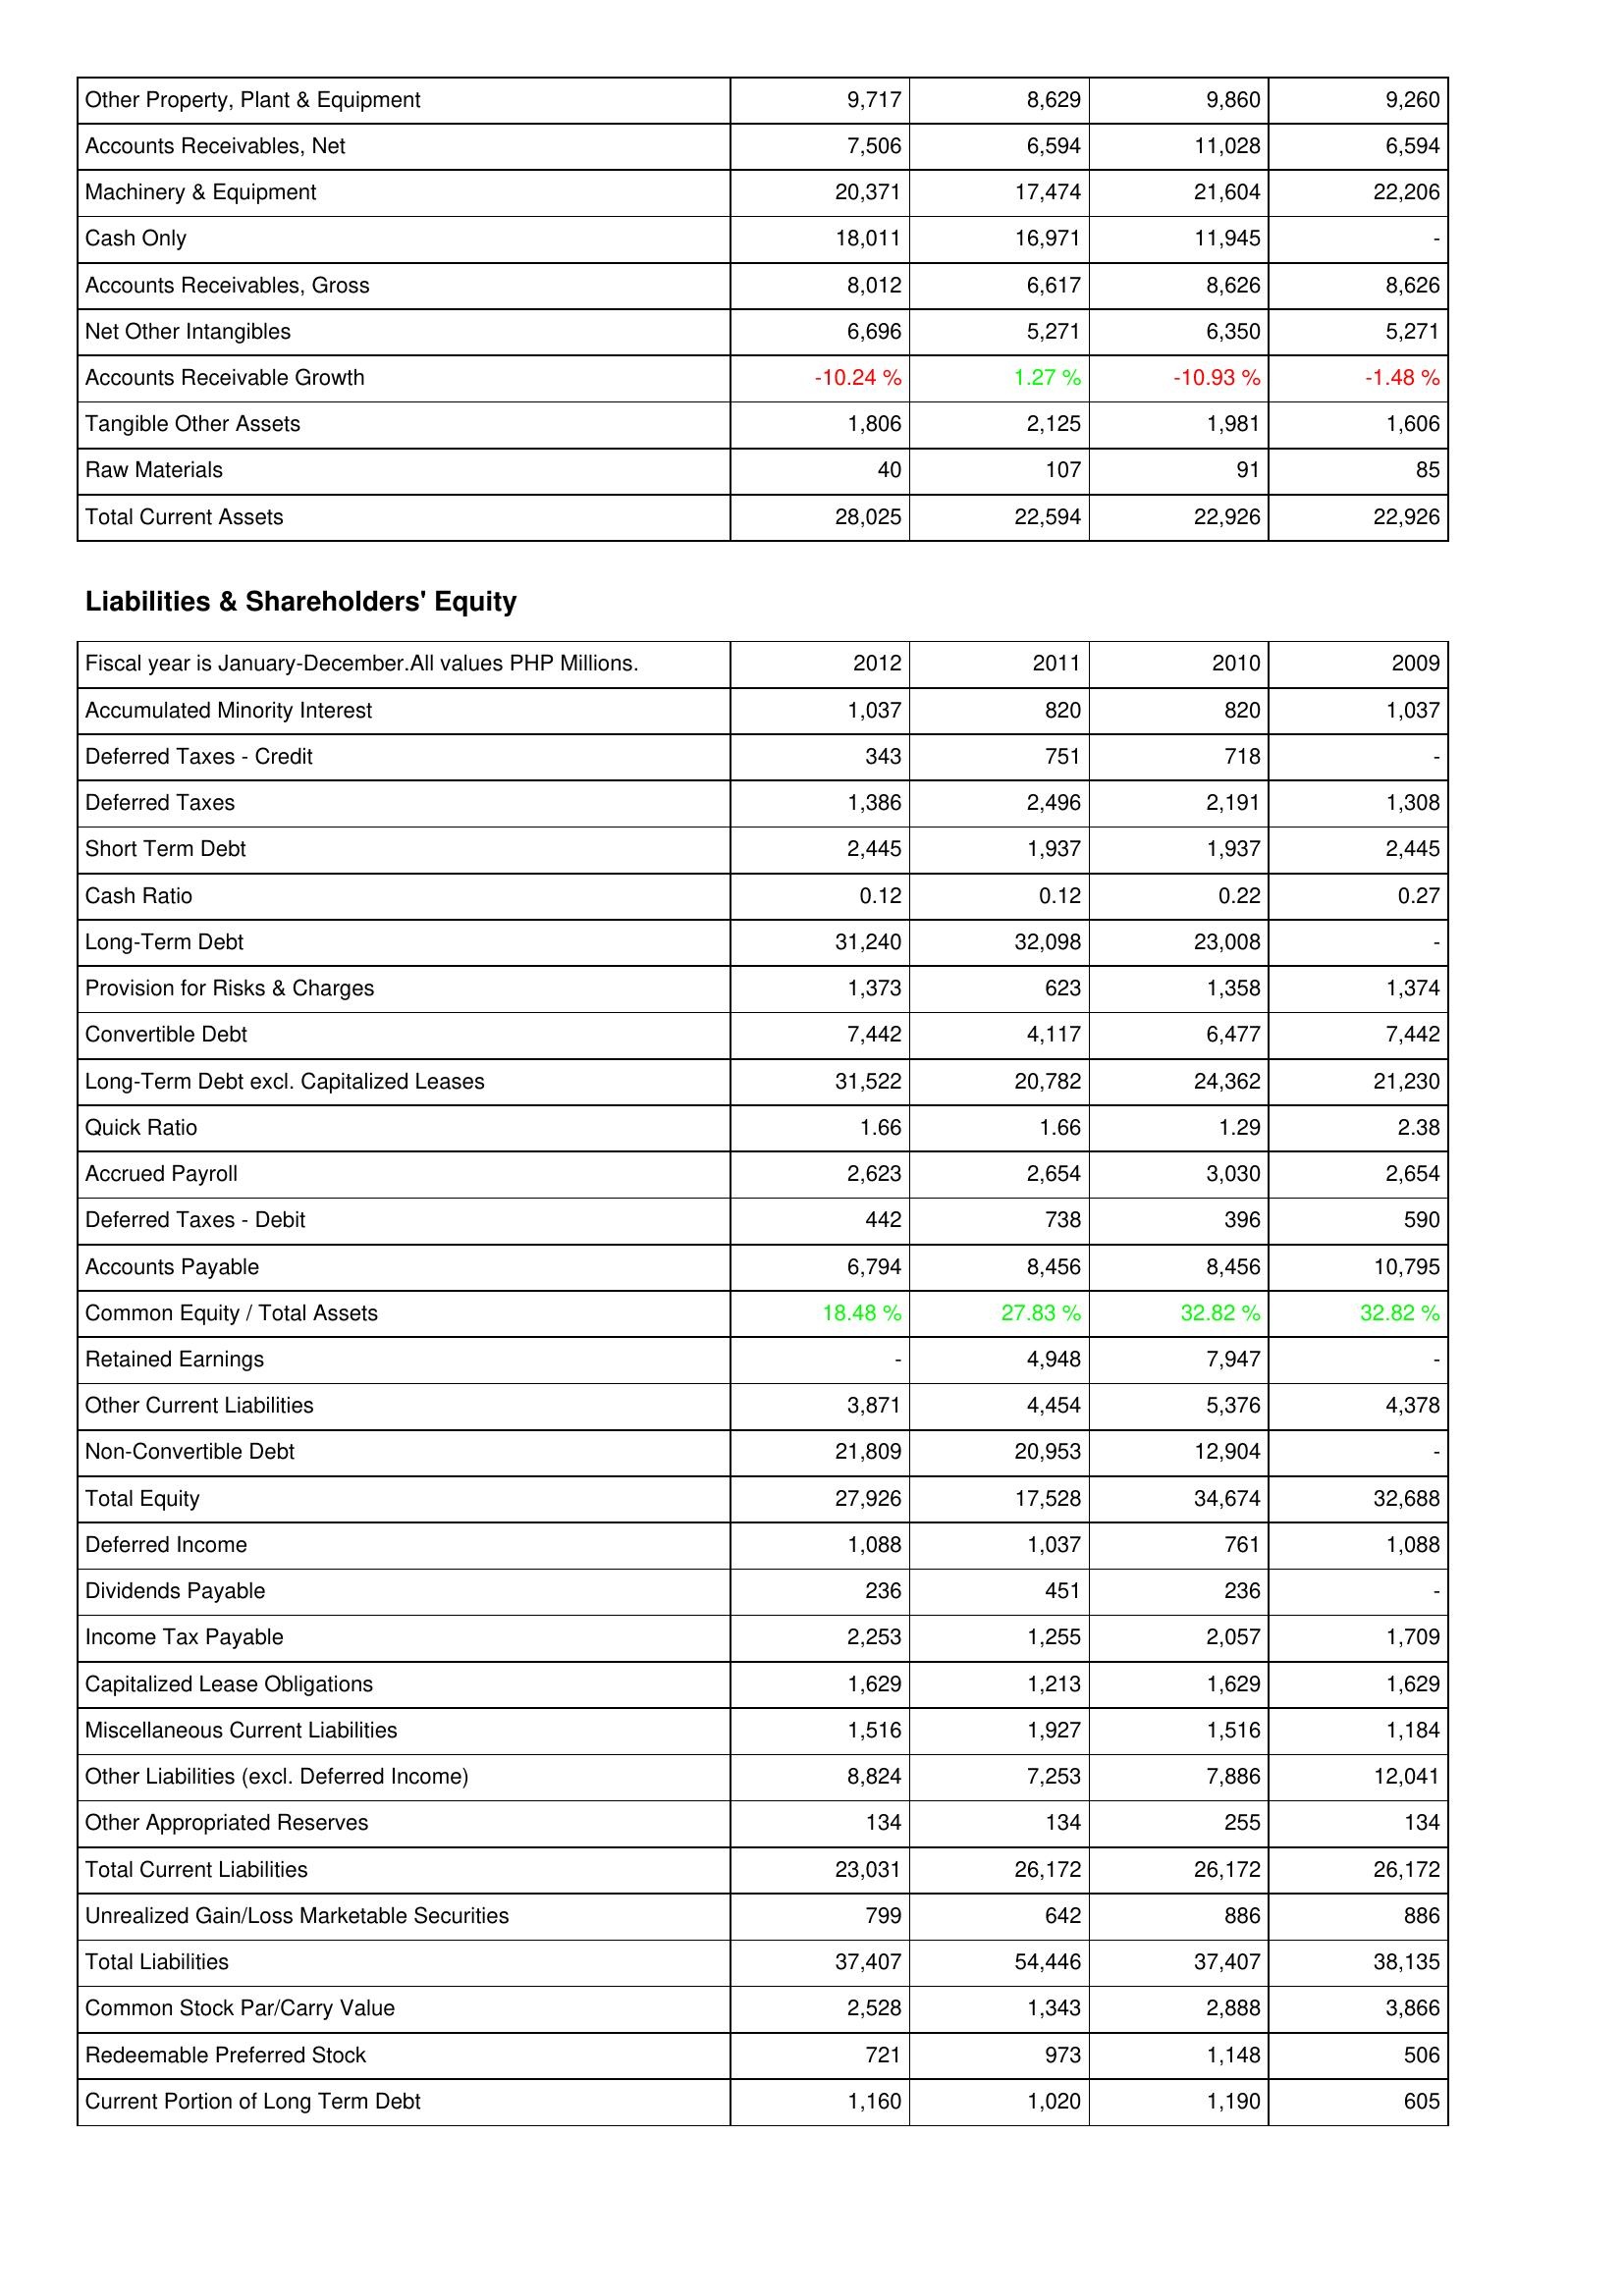
2012: Assets: Other Property, Plant & Equipment: 9,717
Accounts Receivables, Net: 7,506
Machinery & Equipment: 20,371
Cash Only: 18,011
Accounts Receivables, Gross: 8,012
Net Other Intangibles: 6,696
Accounts Receivable Growth: -10.24 %
Tangible Other Assets: 1,806
Raw Materials: 40
Total Current Assets: 28,025
Liabilities & Shareholders' Equity: Accumulated Minority Interest: 1,037
Deferred Taxes - Credit: 343
Deferred Taxes: 1,386
Short Term Debt: 2,445
Cash Ratio: 0.12
Long-Term Debt: 31,240
Provision for Risks & Charges: 1,373
Convertible Debt: 7,442
Long-Term Debt excl. Capitalized Leases: 31,522
Quick Ratio: 1.66
Accrued Payroll: 2,623
Deferred Taxes - Debit: 442
Accounts Payable: 6,794
Common Equity / Total Assets: 18.48 %
Retained Earnings: -
Other Current Liabilities: 3,871
Non-Convertible Debt: 21,809
Total Equity: 27,926
Deferred Income: 1,088
Dividends Payable: 236
Income Tax Payable: 2,253
Capitalized Lease Obligations: 1,629
Miscellaneous Current Liabilities: 1,516
Other Liabilities (excl. Deferred Income): 8,824
Other Appropriated Reserves: 134
Total Current Liabilities: 23,031
Unrealized Gain/Loss Marketable Securities: 799
Total Liabilities: 37,407
Common Stock Par/Carry Value: 2,528
Redeemable Preferred Stock: 721
Current Portion of Long Term Debt: 1,160
2011: Assets: Other Property, Plant & Equipment: 8,629
Accounts Receivables, Net: 6,594
Machinery & Equipment: 17,474
Cash Only: 16,971
Accounts Receivables, Gross: 6,617
Net Other Intangibles: 5,271
Accounts Receivable Growth: 1.27 %
Tangible Other Assets: 2,125
Raw Materials: 107
Total Current Assets: 22,594
Liabilities & Shareholders' Equity: Accumulated Minority Interest: 820
Deferred Taxes - Credit: 751
Deferred Taxes: 2,496
Short Term Debt: 1,937
Cash Ratio: 0.12
Long-Term Debt: 32,098
Provision for Risks & Charges: 623
Convertible Debt: 4,117
Long-Term Debt excl. Capitalized Leases: 20,782
Quick Ratio: 1.66
Accrued Payroll: 2,654
Deferred Taxes - Debit: 738
Accounts Payable: 8,456
Common Equity / Total Assets: 27.83 %
Retained Earnings: 4,948
Other Current Liabilities: 4,454
Non-Convertible Debt: 20,953
Total Equity: 17,528
Deferred Income: 1,037
Dividends Payable: 451
Income Tax Payable: 1,255
Capitalized Lease Obligations: 1,213
Miscellaneous Current Liabilities: 1,927
Other Liabilities (excl. Deferred Income): 7,253
Other Appropriated Reserves: 134
Total Current Liabilities: 26,172
Unrealized Gain/Loss Marketable Securities: 642
Total Liabilities: 54,446
Common Stock Par/Carry Value: 1,343
Redeemable Preferred Stock: 973
Current Portion of Long Term Debt: 1,020
2010: Assets: Other Property, Plant & Equipment: 9,860
Accounts Receivables, Net: 11,028
Machinery & Equipment: 21,604
Cash Only: 11,945
Accounts Receivables, Gross: 8,626
Net Other Intangibles: 6,350
Accounts Receivable Growth: -10.93 %
Tangible Other Assets: 1,981
Raw Materials: 91
Total Current Assets: 22,926
Liabilities & Shareholders' Equity: Accumulated Minority Interest: 820
Deferred Taxes - Credit: 718
Deferred Taxes: 2,191
Short Term Debt: 1,937
Cash Ratio: 0.22
Long-Term Debt: 23,008
Provision for Risks & Charges: 1,358
Convertible Debt: 6,477
Long-Term Debt excl. Capitalized Leases: 24,362
Quick Ratio: 1.29
Accrued Payroll: 3,030
Deferred Taxes - Debit: 396
Accounts Payable: 8,456
Common Equity / Total Assets: 32.82 %
Retained Earnings: 7,947
Other Current Liabilities: 5,376
Non-Convertible Debt: 12,904
Total Equity: 34,674
Deferred Income: 761
Dividends Payable: 236
Income Tax Payable: 2,057
Capitalized Lease Obligations: 1,629
Miscellaneous Current Liabilities: 1,516
Other Liabilities (excl. Deferred Income): 7,886
Other Appropriated Reserves: 255
Total Current Liabilities: 26,172
Unrealized Gain/Loss Marketable Securities: 886
Total Liabilities: 37,407
Common Stock Par/Carry Value: 2,888
Redeemable Preferred Stock: 1,148
Current Portion of Long Term Debt: 1,190
2009: Assets: Other Property, Plant & Equipment: 9,260
Accounts Receivables, Net: 6,594
Machinery & Equipment: 22,206
Cash Only: -
Accounts Receivables, Gross: 8,626
Net Other Intangibles: 5,271
Accounts Receivable Growth: -1.48 %
Tangible Other Assets: 1,606
Raw Materials: 85
Total Current Assets: 22,926
Liabilities & Shareholders' Equity: Accumulated Minority Interest: 1,037
Deferred Taxes - Credit: -
Deferred Taxes: 1,308
Short Term Debt: 2,445
Cash Ratio: 0.27
Long-Term Debt: -
Provision for Risks & Charges: 1,374
Convertible Debt: 7,442
Long-Term Debt excl. Capitalized Leases: 21,230
Quick Ratio: 2.38
Accrued Payroll: 2,654
Deferred Taxes - Debit: 590
Accounts Payable: 10,795
Common Equity / Total Assets: 32.82 %
Retained Earnings: -
Other Current Liabilities: 4,378
Non-Convertible Debt: -
Total Equity: 32,688
Deferred Income: 1,088
Dividends Payable: -
Income Tax Payable: 1,709
Capitalized Lease Obligations: 1,629
Miscellaneous Current Liabilities: 1,184
Other Liabilities (excl. Deferred Income): 12,041
Other Appropriated Reserves: 134
Total Current Liabilities: 26,172
Unrealized Gain/Loss Marketable Securities: 886
Total Liabilities: 38,135
Common Stock Par/Carry Value: 3,866
Redeemable Preferred Stock: 506
Current Portion of Long Term Debt: 605